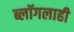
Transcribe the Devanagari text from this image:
ब्लॉगलाही